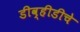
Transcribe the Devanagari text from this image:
डीव्हीडीचे